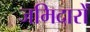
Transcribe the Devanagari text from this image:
जमिदारों